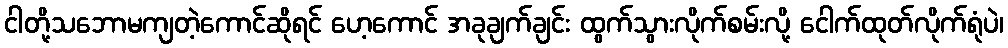
ငါတို့သဘောမကျတဲ့ကောင်ဆိုရင် ဟေ့ကောင် အခုချက်ချင်း ထွက်သွားလိုက်စမ်းလို့ ငေါက်ထုတ်လိုက်ရုံပဲ၊